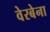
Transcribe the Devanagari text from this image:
वेरबेना